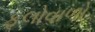
ફૂલોવાળો